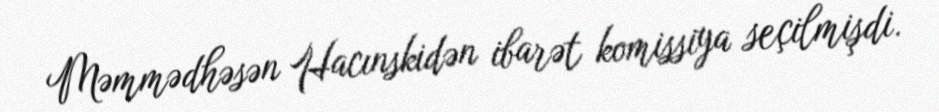
Məmmədhəsən Hacınskidən ibarət komissiya seçilmişdi.